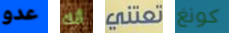
عدو أنك تعتني كونغ